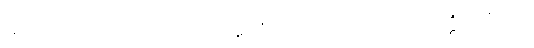
ဒေဿတုံ၊ ငှာ။ ယာ၊ ပေ။ အာဒိ၊ ကို။ (ဘဂဝတာ) ဝုတ္တံ။ တံ၊ ထို